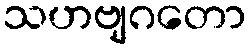
သဟဗျဂတော